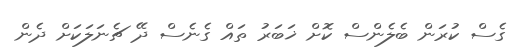
ގެސް ކުރަން ބެލެންސް ކޮށް ޚަބަރު ތައް ގެނެސް ދޭ ޗެނަލަކަށް ދެން